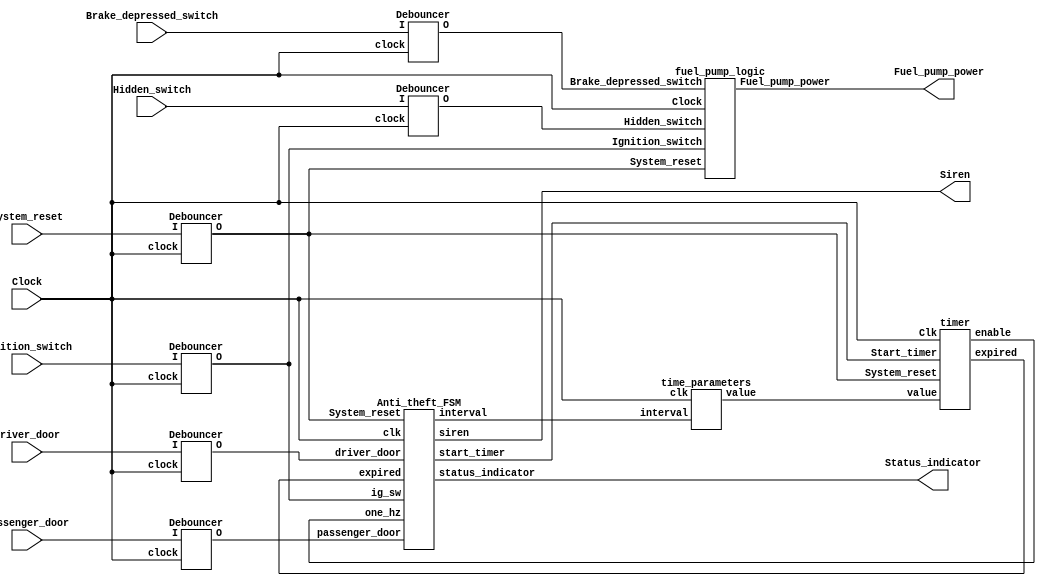
// Code your design here
`timescale 1ns / 1ps
//////////////////////////////////////////////////////////////////////////////////
// Company: 
// Engineer: 
// 
// Design Name: 
// Module Name: Car_Alarm_System
// Project Name: 
// Target Devices: 
// Tool Versions: 
// Description: 
// 
// Dependencies: 
// 
// Revision:
// Revision 0.01 - File Created
// Additional Comments:
// 
//////////////////////////////////////////////////////////////////////////////////

module Car_Alarm_System_S (
input Brake_depressed_switch , Hidden_switch , Ignition_switch , Driver_door , Passenger_door ,Clock, System_reset,
output Fuel_pump_power , Siren , Status_indicator
/*output expired,start_timer , one_hz,
output [1:0] interval,
output [3:0] value,
output [3:0] counter,
output [2:0] state*/
);
  wire [3:0] value; 
  wire [1:0] interval;
  wire expired,start_timer, one_hz;
 wire Brake_depressed_switch_d , Hidden_switch_d , Ignition_switch_d , Driver_door_d , Passenger_door_d , System_reset_d;
  
    Debouncer D1 (Clock, System_reset, System_reset_d);
    Debouncer D2 (Clock, Ignition_switch, Ignition_switch_d);
    Debouncer D3 (Clock, Brake_depressed_switch, Brake_depressed_switch_d);
    Debouncer D4 (Clock, Hidden_switch, Hidden_switch_d);
    Debouncer D5 (Clock, Driver_door, Driver_door_d);
    Debouncer D6 (Clock, Passenger_door, Passenger_door_d);
  
  fuel_pump_logic FPL(Clock,System_reset_d, Brake_depressed_switch_d , Hidden_switch_d , Ignition_switch_d , Fuel_pump_power);
  
  Anti_theft_FSM ATF( System_reset_d,Clock , Ignition_switch_d , Driver_door_d , Passenger_door_d, expired , one_hz , start_timer , Siren , Status_indicator , interval);
  
  time_parameters TP(interval,  Clock , value );
  
  timer T ( System_reset_d, Clock ,start_timer, value, expired, one_hz);
  
endmodule

module Debouncer (input clock, I, output reg O);

    reg [19:0] count = 20'b00000000000000000000;
    reg IReg;
    always @ (posedge clock)
        begin
            if (IReg != I)
                begin
                    IReg <= I;
                    count <= 20'b00000000000000000000;
                end
            else if (count == 1000000)
                O <= IReg;
            else
                count <= count + 1;
        end
endmodule

module fuel_pump_logic (
input Clock,System_reset,  Brake_depressed_switch , Hidden_switch , Ignition_switch,
  output reg Fuel_pump_power
);
  reg Fuel_pump_power_1;
  always @(System_reset or Ignition_switch or Brake_depressed_switch or Hidden_switch or Fuel_pump_power_1) 
    begin
      Fuel_pump_power = ~System_reset && Ignition_switch && Brake_depressed_switch && Hidden_switch || ~System_reset && Ignition_switch && Fuel_pump_power_1;
    end
    always @(posedge Clock)
     Fuel_pump_power_1 = Fuel_pump_power;
endmodule

module Anti_theft_FSM(
  input System_reset, clk ,ig_sw , driver_door , passenger_door, expired, one_hz,
  output reg start_timer , siren, output status_indicator, output reg [1:0] interval);
 
reg [2:0] state = 3'b000;
  
  // door open = 1; door close =0;
  parameter Armed = 3'b000,
            Triggered = 3'b001 ,
            Sound_Alarm = 3'b010 ,
            Disarmed = 3'b011 ,
            Ignition_off = 3'b 100 , 
            Door_open = 3'b101 ,
            Door_close = 3'b110,
            Alarm_on = 3'b111;

  reg [2:0] next_state;
  reg [1:0] led_state;

  always @(posedge clk)
    begin
    case(state)
      Armed : begin led_state <= 2'b01; siren <= 0; if(ig_sw == 0 && (driver_door == 1)) begin interval = 2'b01; start_timer <= 1;  end  else if(ig_sw == 0 && passenger_door == 1) begin  interval = 2'b10; start_timer <= 1;  end else start_timer <= 0;  end 
      
      Triggered : begin led_state <= 2'b10; siren <= 0;start_timer <= 0; end
      
      Sound_Alarm : begin led_state <= 2'b10; siren <= 1;if((driver_door == 0 && passenger_door == 0) || ig_sw == 1) begin  interval = 2'b11; start_timer <= 1; end   end
      
      Alarm_on : begin siren <= 1;start_timer <= 0; end
      
      Disarmed : begin led_state <= 2'b00 ; siren <= 0; end
      
      Ignition_off : begin led_state <= 2'b00; siren <= 0; start_timer <= 0; end
      
      Door_open : begin led_state <= 2'b00 ; siren <= 0; if(driver_door == 0 && passenger_door == 0) begin interval = 00;  start_timer <= 1;end end
      
      Door_close : begin start_timer <= 0;end     
    endcase 
    end
    
    always @(posedge clk)
    begin
    state = next_state;
    if(System_reset) 
       state = Armed;
      end
  
  always @(*)
    begin
      if(state == Armed)
        begin
          if(ig_sw == 1)
            next_state <= Disarmed;
          else if(driver_door == 1 || passenger_door == 1)
            next_state <= Triggered;
          else 
            next_state <= Armed;  
        end
      else if(state == Triggered)
        begin
          if(ig_sw == 1)
            next_state <= Disarmed;
          else if(expired == 1)
            next_state <= Sound_Alarm;
          else
             next_state <= Triggered;
        end
      else if(state == Sound_Alarm)
        begin
          if(driver_door == 0 && passenger_door == 0 || ig_sw == 1)
            next_state  <= Alarm_on;
          else
             next_state <= Sound_Alarm;
        end
      else if(state == Alarm_on)
        begin
          if(expired == 1)
            begin
              if(driver_door == 0 && passenger_door == 0)
                next_state <= Armed;
              else if(ig_sw ==1)
                next_state <= Disarmed;
              else
                next_state <= Alarm_on;
            end
          else
            next_state <= Alarm_on;
        end
     else if(state == Disarmed)
        begin
          if(ig_sw == 1)
            next_state <= Disarmed;
          else
            next_state <= Ignition_off;    
        end
      else if(state == Ignition_off)
        begin
          if(driver_door == 1)
            next_state <= Door_open;
            else
              next_state <= Ignition_off;
        end
      else if(state == Door_open)
        begin
          if(driver_door == 0 && passenger_door == 0)
            next_state <= Door_close;
          else
            next_state <= Door_open;
        end
      else
        begin
          if(expired)
            next_state <= Armed;
          else if(driver_door == 1 || passenger_door == 1)
            next_state <= Door_open;
          else
            next_state <= Door_close;
        end
        
    end
  led L(led_state ,clk, one_hz,status_indicator);
 endmodule
 
module led (input [1:0] status_indicator_led ,input clk ,one_hz, output  status_indicator);
reg status_indicator_2 = 0;

     assign status_indicator = status_indicator_2;
  always @(posedge one_hz)
    begin
      case(status_indicator_led)
        2'b 00 : status_indicator_2 <= 0;
        2'b 01 : status_indicator_2 <= ~status_indicator_2;
        2'b 10 : status_indicator_2 <= 1;
        2'b 11 : status_indicator_2 <= 0;
      endcase
    end
endmodule


module time_parameters (
  input [1:0]  interval, input clk,
  output reg [3:0] value
);
  always @(interval)    
    begin
      case(interval)
        2'b00 : value = 4'b0110; 
        2'b01 : value = 4'b0010;  // 1000
        2'b10 : value = 4'b1111;
        2'b11 : value = 4'b1010; 
        default : value = 4'b0000;
      endcase
    end
endmodule
  
 module timer (input System_reset , Clk , Start_timer , input [3:0] value , output reg expired , output enable);

reg reset , rst;
reg  expired_1 = 0 , expired_2 = 1 , expired_3 = 0;
reg count, count_1 = 1, count_2 = 0;
reg [3:0] counter, counter_1 , counter_2;
reg h, h_1 , h_2;

always @(Start_timer)
begin
 if(Start_timer) 
 rst = 1'b1; 
 else 
 rst = 1'b0;
 end
 
 always @(*)
reset = rst || System_reset;

//mod_8_counter FD(Clk ,reset ,Start_timer, enable);
freq_divider FD(Clk , reset ,Start_timer, enable);


always @(Start_timer)
h_1 = Start_timer ? 1'b0 : 1'b1;

always @(posedge Start_timer)
begin counter_1 = value;end

always @(posedge enable)
begin
  
     if(count && counter)
      begin counter_2 = counter - 1;h_2 = 1; end    
      else
      h_2 = 0; 
end

always @(*)
h = h_1 && h_2;

always @(posedge Clk)
begin
counter = Start_timer ? counter_1 : (h?  counter_2 : counter);
end
always @(posedge Clk)
begin
expired = (Start_timer && expired_1) || (~Start_timer  && expired && expired_3) || (enable  && count && !counter && expired_2);
count = (Start_timer && count_1) || (~Start_timer && !counter && count_2) || (~expired && ~Start_timer && count);
end
endmodule       
        
          
 module DFF (input clk , D , rst , output reg Q);
  always @ (posedge rst , posedge clk)
    begin
      if(rst == 1)
        Q <= 1'b1;
      else Q <= D;
    end
endmodule

module mod_8_counter (input clk , rst , start_timer, output final_out);
  wire [2:0] out;
  DFF A (clk , ~out[0] , rst , out[0]);
  DFF B(out[0] , ~out[1] , rst , out[1]);
  DFF C(out[1] , ~out[2] , rst , out[2]);
  assign final_out = out[2];
endmodule

module freq_divider (input clk , rst ,start_timer, output led);
  wire [8:0] Cout;
  
  mod_8_counter counter_inst0 (clk,rst,start_timer,Cout[0]);
  
genvar i;
generate
  for (i = 1; i < 9; i=i+1) 
begin : counter_gen_label
 mod_8_counter counter_inst (
 Cout[i-1],
 rst,start_timer,
 Cout[i]
 );
 end
endgenerate
  assign led = Cout[8];
endmodule